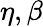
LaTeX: \eta,\beta